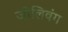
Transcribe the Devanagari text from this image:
जीलिवंग